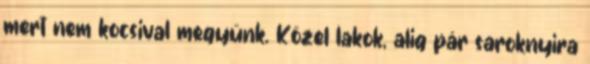
mert nem kocsival megyünk. Közel lakok, alig pár saroknyira